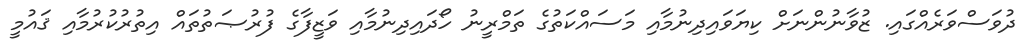
ދުވަސްވަރެއްގައި. ޒުވާނުންނަށް ކިޔަވައިދިނުމާއި މަސައްކަތުގެ ތަމްރީނު ހޯދައިދިނުމާއި ވަޒީފާގެ ފުރުޞަތުތައް އިތުރުކުރުމާއި ޤައުމީ